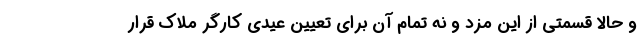
و حالا قسمتی از این مزد و نه تمام آن برای تعیین عیدی کارگر ملاک قرار